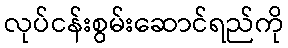
လုပ်ငန်းစွမ်းဆောင်ရည်ကို